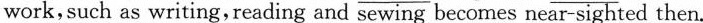
work, such as writing, reading and sewing becomes near-sighted then.